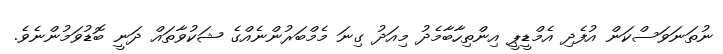
ނުތަނަވަސްކަން އުފެދި އެމްޑީޕީ އިންތިހާބާމެދު މިއަދު ގިނަ މެމްބަރުންނެއްގެ ޝަކުވާތައް ދަނީ ބޮޑުވަމުންނެވެ.